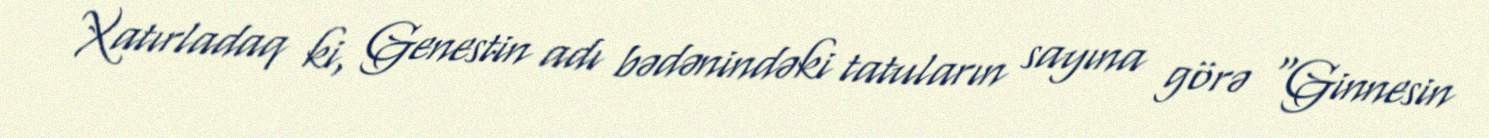
Xatırladaq ki, Genestin adı bədənindəki tatuların sayına görə “Ginnesin